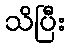
သိပြီး